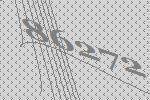
86272